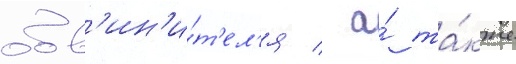
обв'ин'и́т'ел'я / а́ та́кже